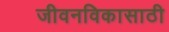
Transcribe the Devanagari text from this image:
जीवनविकासाठी